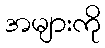
အများကို